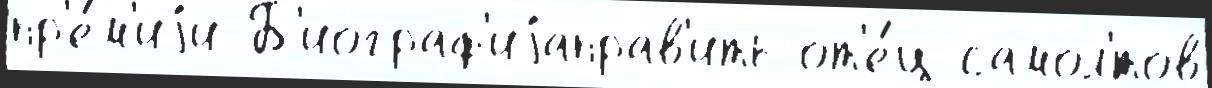
пр'е́м'иjи Б'иограф'иjаправ'ить от'е́ц самол'́тов